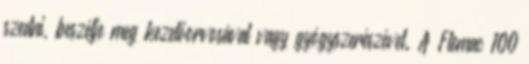
szedni, beszélje meg kezelőorvosával vagy gyógyszerészével. A Flemac 100